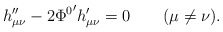
\begin{align*}h_{\mu\nu}''-2{\Phi^0}' h_{\mu\nu}' =0 \qquad (\mu \neq \nu ).\end{align*}